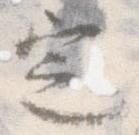
定